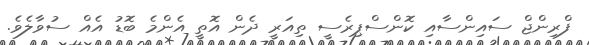
ފްރިންޖް ސައިންސާއި ކޮންސްޕިރެސީ ތިއަރީ ދެން އޮތީ އެންމެ ބޮޑު އެއް ސުވާލެވެ.